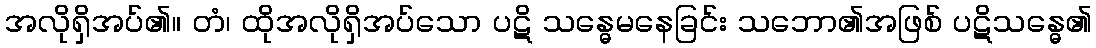
အလိုရှိအပ်၏။ တံ၊ ထိုအလိုရှိအပ်သော ပဋိ သန္ဓေမနေခြင်း သဘော၏အဖြစ် ပဋိသန္ဓေ၏